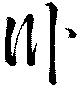
臥